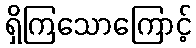
ရှိကြသောကြောင့်